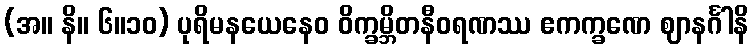
(အ။ နိ။ ၆။၁၀) ပုရိမနယေနေဝ ဝိက္ခမ္ဘိတနီဝရဏဿ ဧကက္ခဏေ ဈာနင်္ဂါနိ